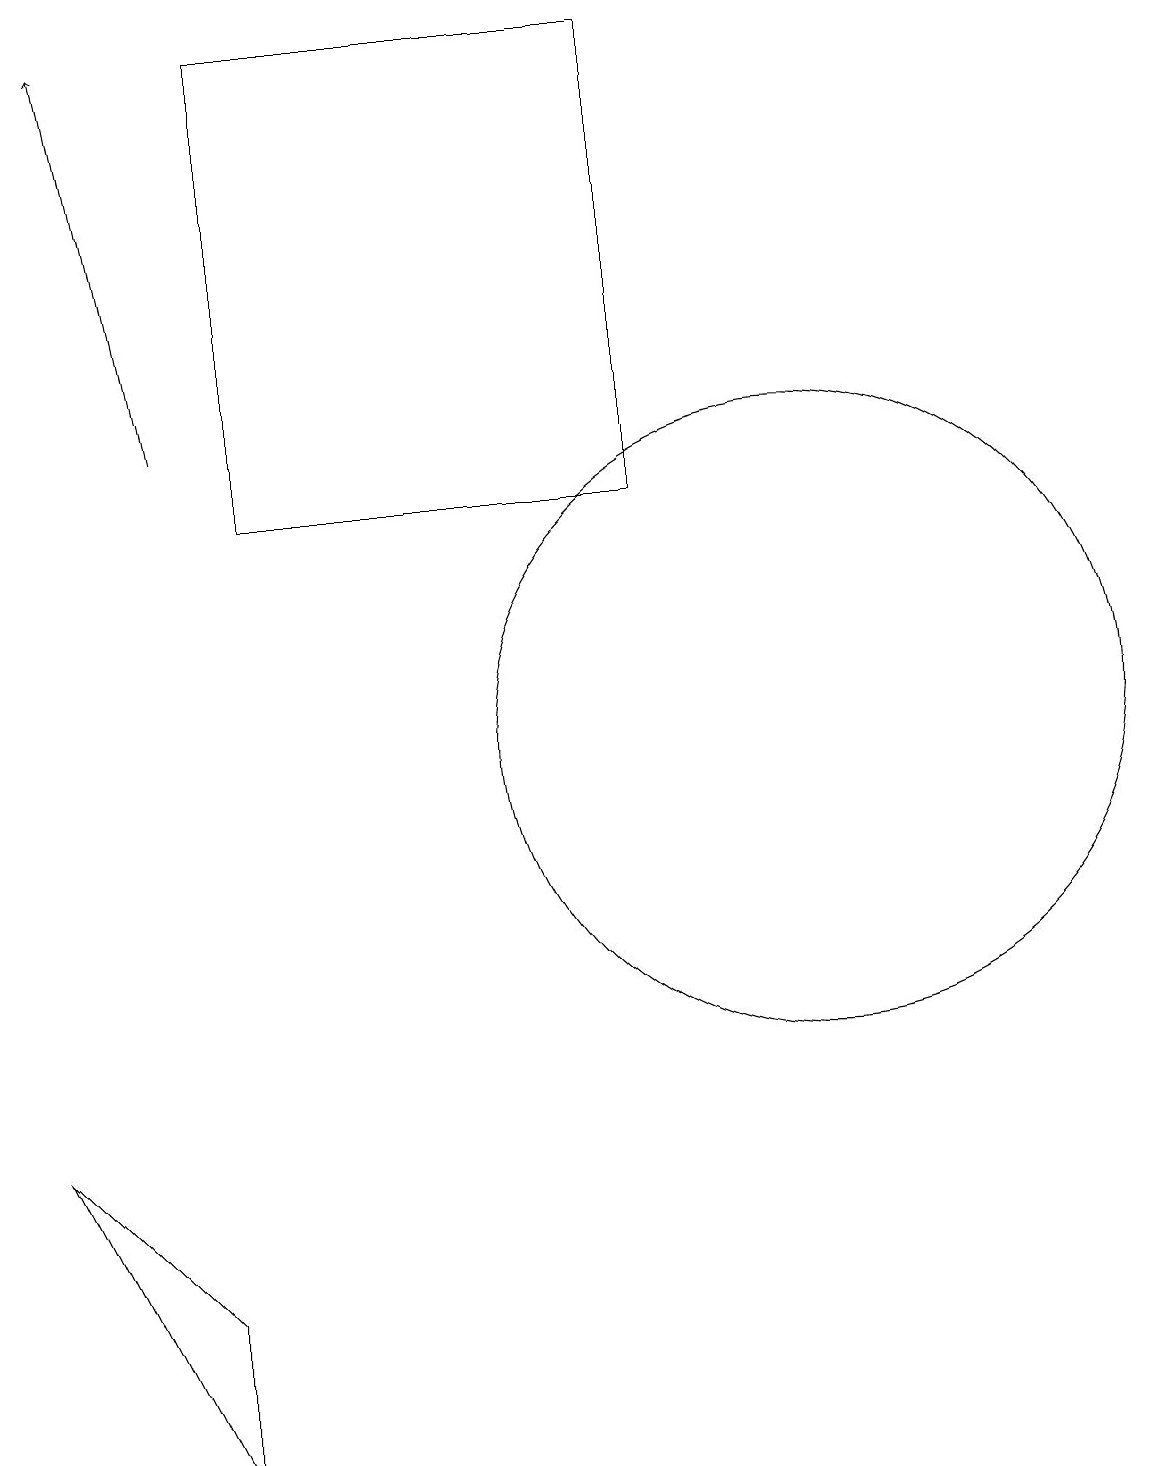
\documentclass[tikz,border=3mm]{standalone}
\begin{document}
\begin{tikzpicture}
\draw (8,19) rectangle (3,13);
\draw[->] (2,14) -- (1,19);
\draw (12,10) circle (0);
\draw (10,10) circle (4);
\draw (2,1) -- (2,3) -- (0,5) -- cycle;
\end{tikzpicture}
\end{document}